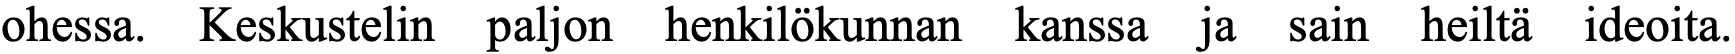
ohessa. Keskustelin paljon henkilökunnan kanssa ja sain heiltä ideoita.